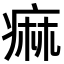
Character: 痲